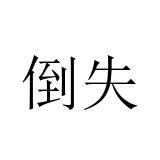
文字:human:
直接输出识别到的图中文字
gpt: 倒失